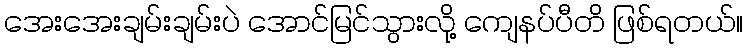
အေးအေးချမ်းချမ်းပဲ အောင်မြင်သွားလို့ ကျေနပ်ပီတိ ဖြစ်ရတယ်။